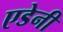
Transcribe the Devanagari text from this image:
एडेनी